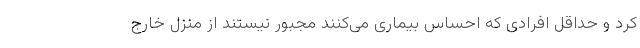
کرد و حداقل افرادی که احساس بیماری می‌کنند مجبور نیستند از منزل خارج